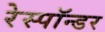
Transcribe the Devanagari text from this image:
रेस्पॉन्डर